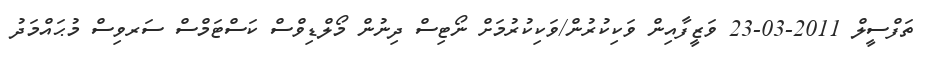
ތަފްސީލް 2011-03-23 ވަޒީފާއިން ވަކިކުރުން/ވަކިކުރުމަށް ނޯޓިސް ދިނުން މޯލްޑިވްސް ކަސްޓަމްސް ސަރވިސް މުޙައްމަދު